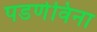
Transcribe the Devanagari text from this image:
पडणेविना